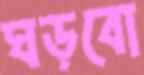
ঘড়বো